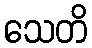
သေတိ